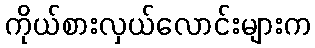
ကိုယ်စားလှယ်လောင်းများက